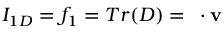
I _ { 1 D } = f _ { 1 } = T r ( D ) = { \bf \nabla } \cdot { \bf v }